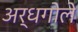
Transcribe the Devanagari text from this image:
अर्धगोले